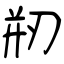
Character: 剏